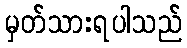
မှတ်သားရပါသည်